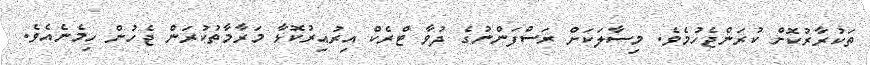
ތަކުރާރުކޮށް ކުރަންޖެހުމެވެ. މިސާލަކަށް ރަސްފަންނުގެ ދުވާ ޓްރެކް އިރުއިރުކޮޅާ މަރާމާތުކުރަން ޖެހުން ހިމެނެއެވެ.